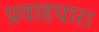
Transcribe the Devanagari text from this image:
प्रवाहधारा